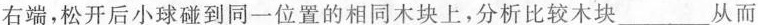
右端，松开后小球碰到同一位置的相同木块上，分析比较木块 ___ 从而